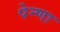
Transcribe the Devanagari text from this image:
पेन्णा